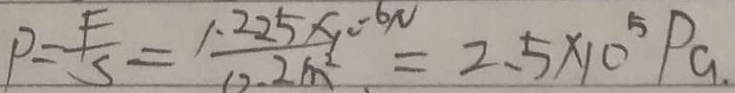
P = \frac { F } { 5 } = \frac { 1 . 2 2 5 \times 1 0 - 6 N } { 1 2 . 2 m ^ { 2 } } = 2 . 5 \times 1 0 ^ { 5 } P a